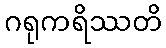
ဂရုကရိဿတိ